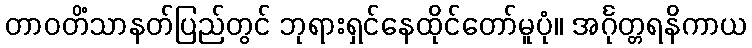
တာဝတိံသာနတ်ပြည်တွင် ဘုရားရှင်နေထိုင်တော်မူပုံ။ အင်္ဂုတ္တရနိကာယ